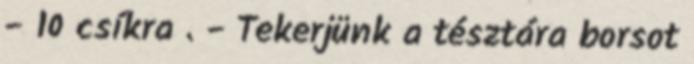
- 10 csíkra . - Tekerjünk a tésztára borsot